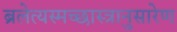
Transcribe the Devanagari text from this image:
ब्रलेत्यस्मच्छास्त्रानुसारेण